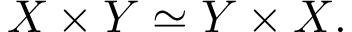
X \times Y \simeq Y \times X .